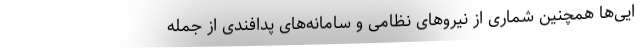
ایی‌ها همچنین شماری از نیروهای نظامی و سامانه‌های پدافندی از جمله